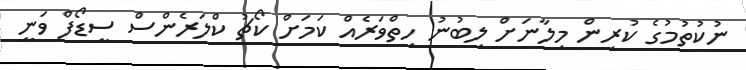
ނުކުތުމުގެ ކުރިން މިލާނަށް ލިބުނު ހިތްވަރެއް ކަމަށް ކޯޗު ކްލަރެންސް ސީޑޯފް ވަނީ